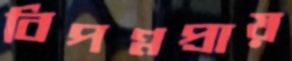
বিপণ্নপ্রায়